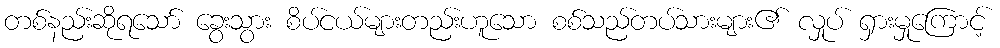
တစ်နည်းဆိုရသော် ခွေးသွား စိပ်ငယ်များတည်းဟူသော စစ်သည်တပ်သားများ၏ လှုပ် ရှားမှုကြောင့်